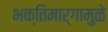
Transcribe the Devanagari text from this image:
भक्तिमार्गामुळे